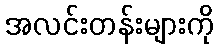
အလင်းတန်းများကို